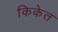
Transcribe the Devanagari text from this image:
किकेत